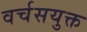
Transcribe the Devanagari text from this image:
वर्चसयुक्त